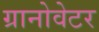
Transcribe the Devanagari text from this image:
ग्रानोवेटर